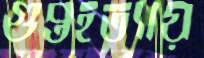
গুপ্তহত্যায়